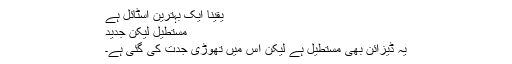
یقینا ایک بہترین اسٹائل ہے
مستطیل لیکن جدید
یہ ڈیزائن بھی مستطیل ہے لیکن اس میں تھوڑی جدت کی گئی ہے۔